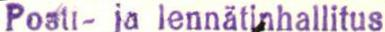
Posti- ja lennätinhallitus